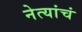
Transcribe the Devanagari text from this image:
नेत्यांचं